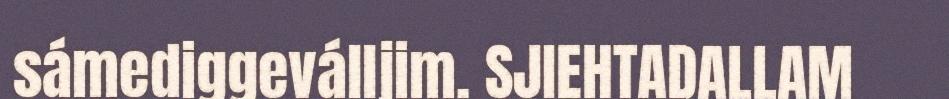
sámediggeválljim. SJIEHTADALLAM